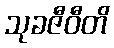
သုခဇီဝီတိ